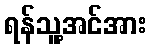
ရန်သူ့အင်အား